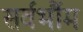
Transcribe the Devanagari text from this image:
सर्वर्भौम